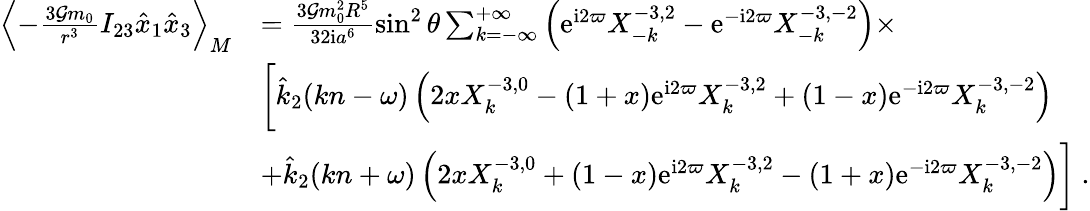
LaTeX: \begin{array}{rl}{\left\langle-\frac{3{\cal G}m_{0}}{r^{3}}I_{23}\hat{x}_{1}\hat{x}_{3}\right\rangle_{M}}&{=\frac{3{\cal G}m_{0}^{2}R^{5}}{32\mathrm{i}a^{6}}\sin^{2}\theta\sum_{k=-\infty}^{+\infty}\left(\mathrm{e}^{\mathrm{i}2\varpi}X_{-k}^{-3,2}-\mathrm{e}^{-\mathrm{i}2\varpi}X_{-k}^{-3,-2}\right)\times}\\ &{\bigg[\hat{k}_{2}(kn-\omega)\left(2xX_{k}^{-3,0}-(1+x)\mathrm{e}^{\mathrm{i}2\varpi}X_{k}^{-3,2}+(1-x)\mathrm{e}^{-\mathrm{i}2\varpi}X_{k}^{-3,-2}\right)}\\ &{+\hat{k}_{2}(kn+\omega)\left(2xX_{k}^{-3,0}+(1-x)\mathrm{e}^{\mathrm{i}2\varpi}X_{k}^{-3,2}-(1+x)\mathrm{e}^{-\mathrm{i}2\varpi}X_{k}^{-3,-2}\right)\bigg]\ .}\end{array}